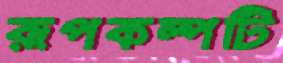
রূপকল্পটি